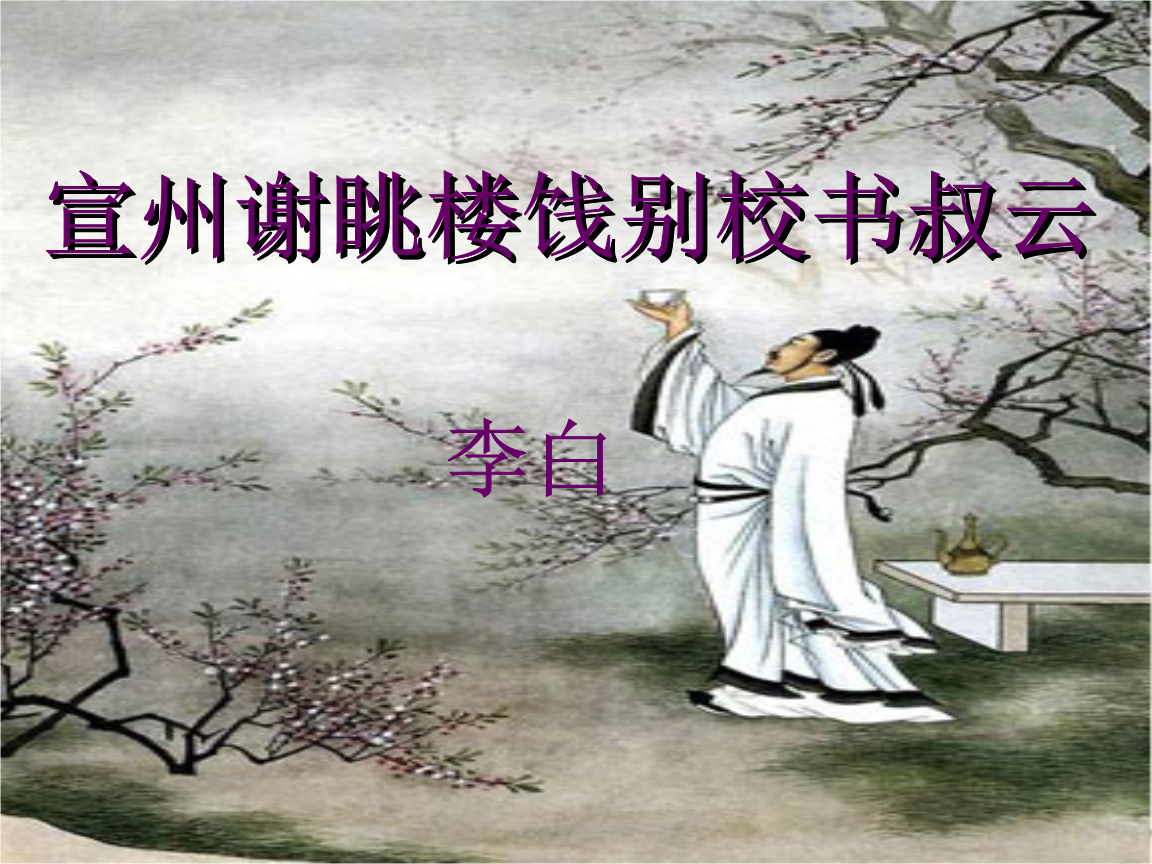
我闭南楼看道书，幽帘清寂在仙居。